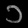
Digit: ၁